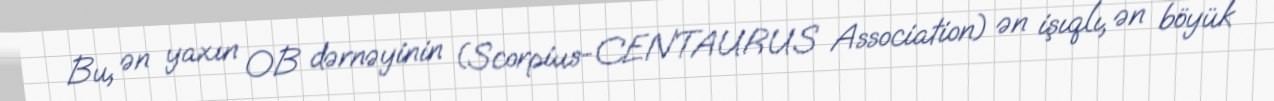
Bu, ən yaxın OB dərnəyinin (Scorpius-CENTAURUS Association) ən işıqlı, ən böyük